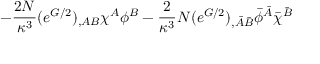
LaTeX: - \frac { 2 N } { \kappa ^ { 3 } } ( e ^ { G / 2 } ) _ { , A B } \chi ^ { A } \phi ^ { B } - \frac { 2 } { \kappa ^ { 3 } } N ( e ^ { G / 2 } ) _ { , \bar { A } \bar { B } } \bar { \phi } ^ { \bar { A } } \bar { \chi } ^ { \bar { B } }